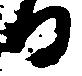
る